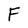
Character: F